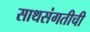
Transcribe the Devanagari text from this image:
साथसंगतीची